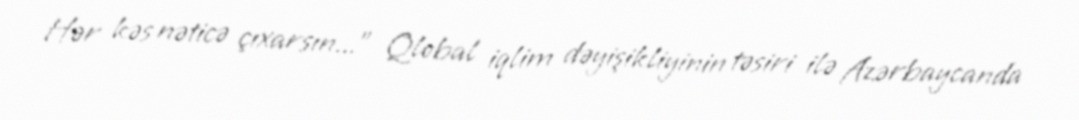
Hər kəs nəticə çıxarsın...” Qlobal iqlim dəyişikliyinin təsiri ilə Azərbaycanda